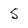
Character: 5